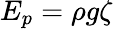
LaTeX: E_{p}=\rho g\zeta